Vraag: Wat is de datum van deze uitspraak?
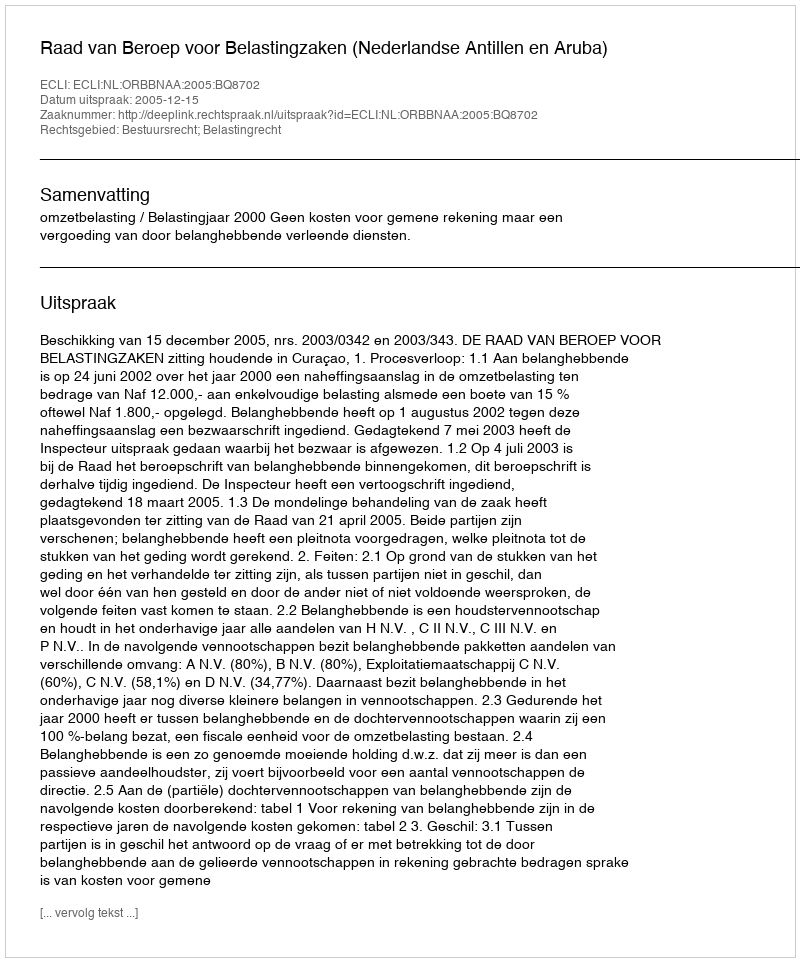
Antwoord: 2005-12-15